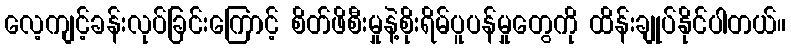
လေ့ကျင့်ခန်းလုပ်ခြင်းကြောင့် စိတ်ဖိစီးမှုနဲ့စိုးရိမ်ပူပန်မှုတွေကို ထိန်းချုပ်နိုင်ပါတယ်။